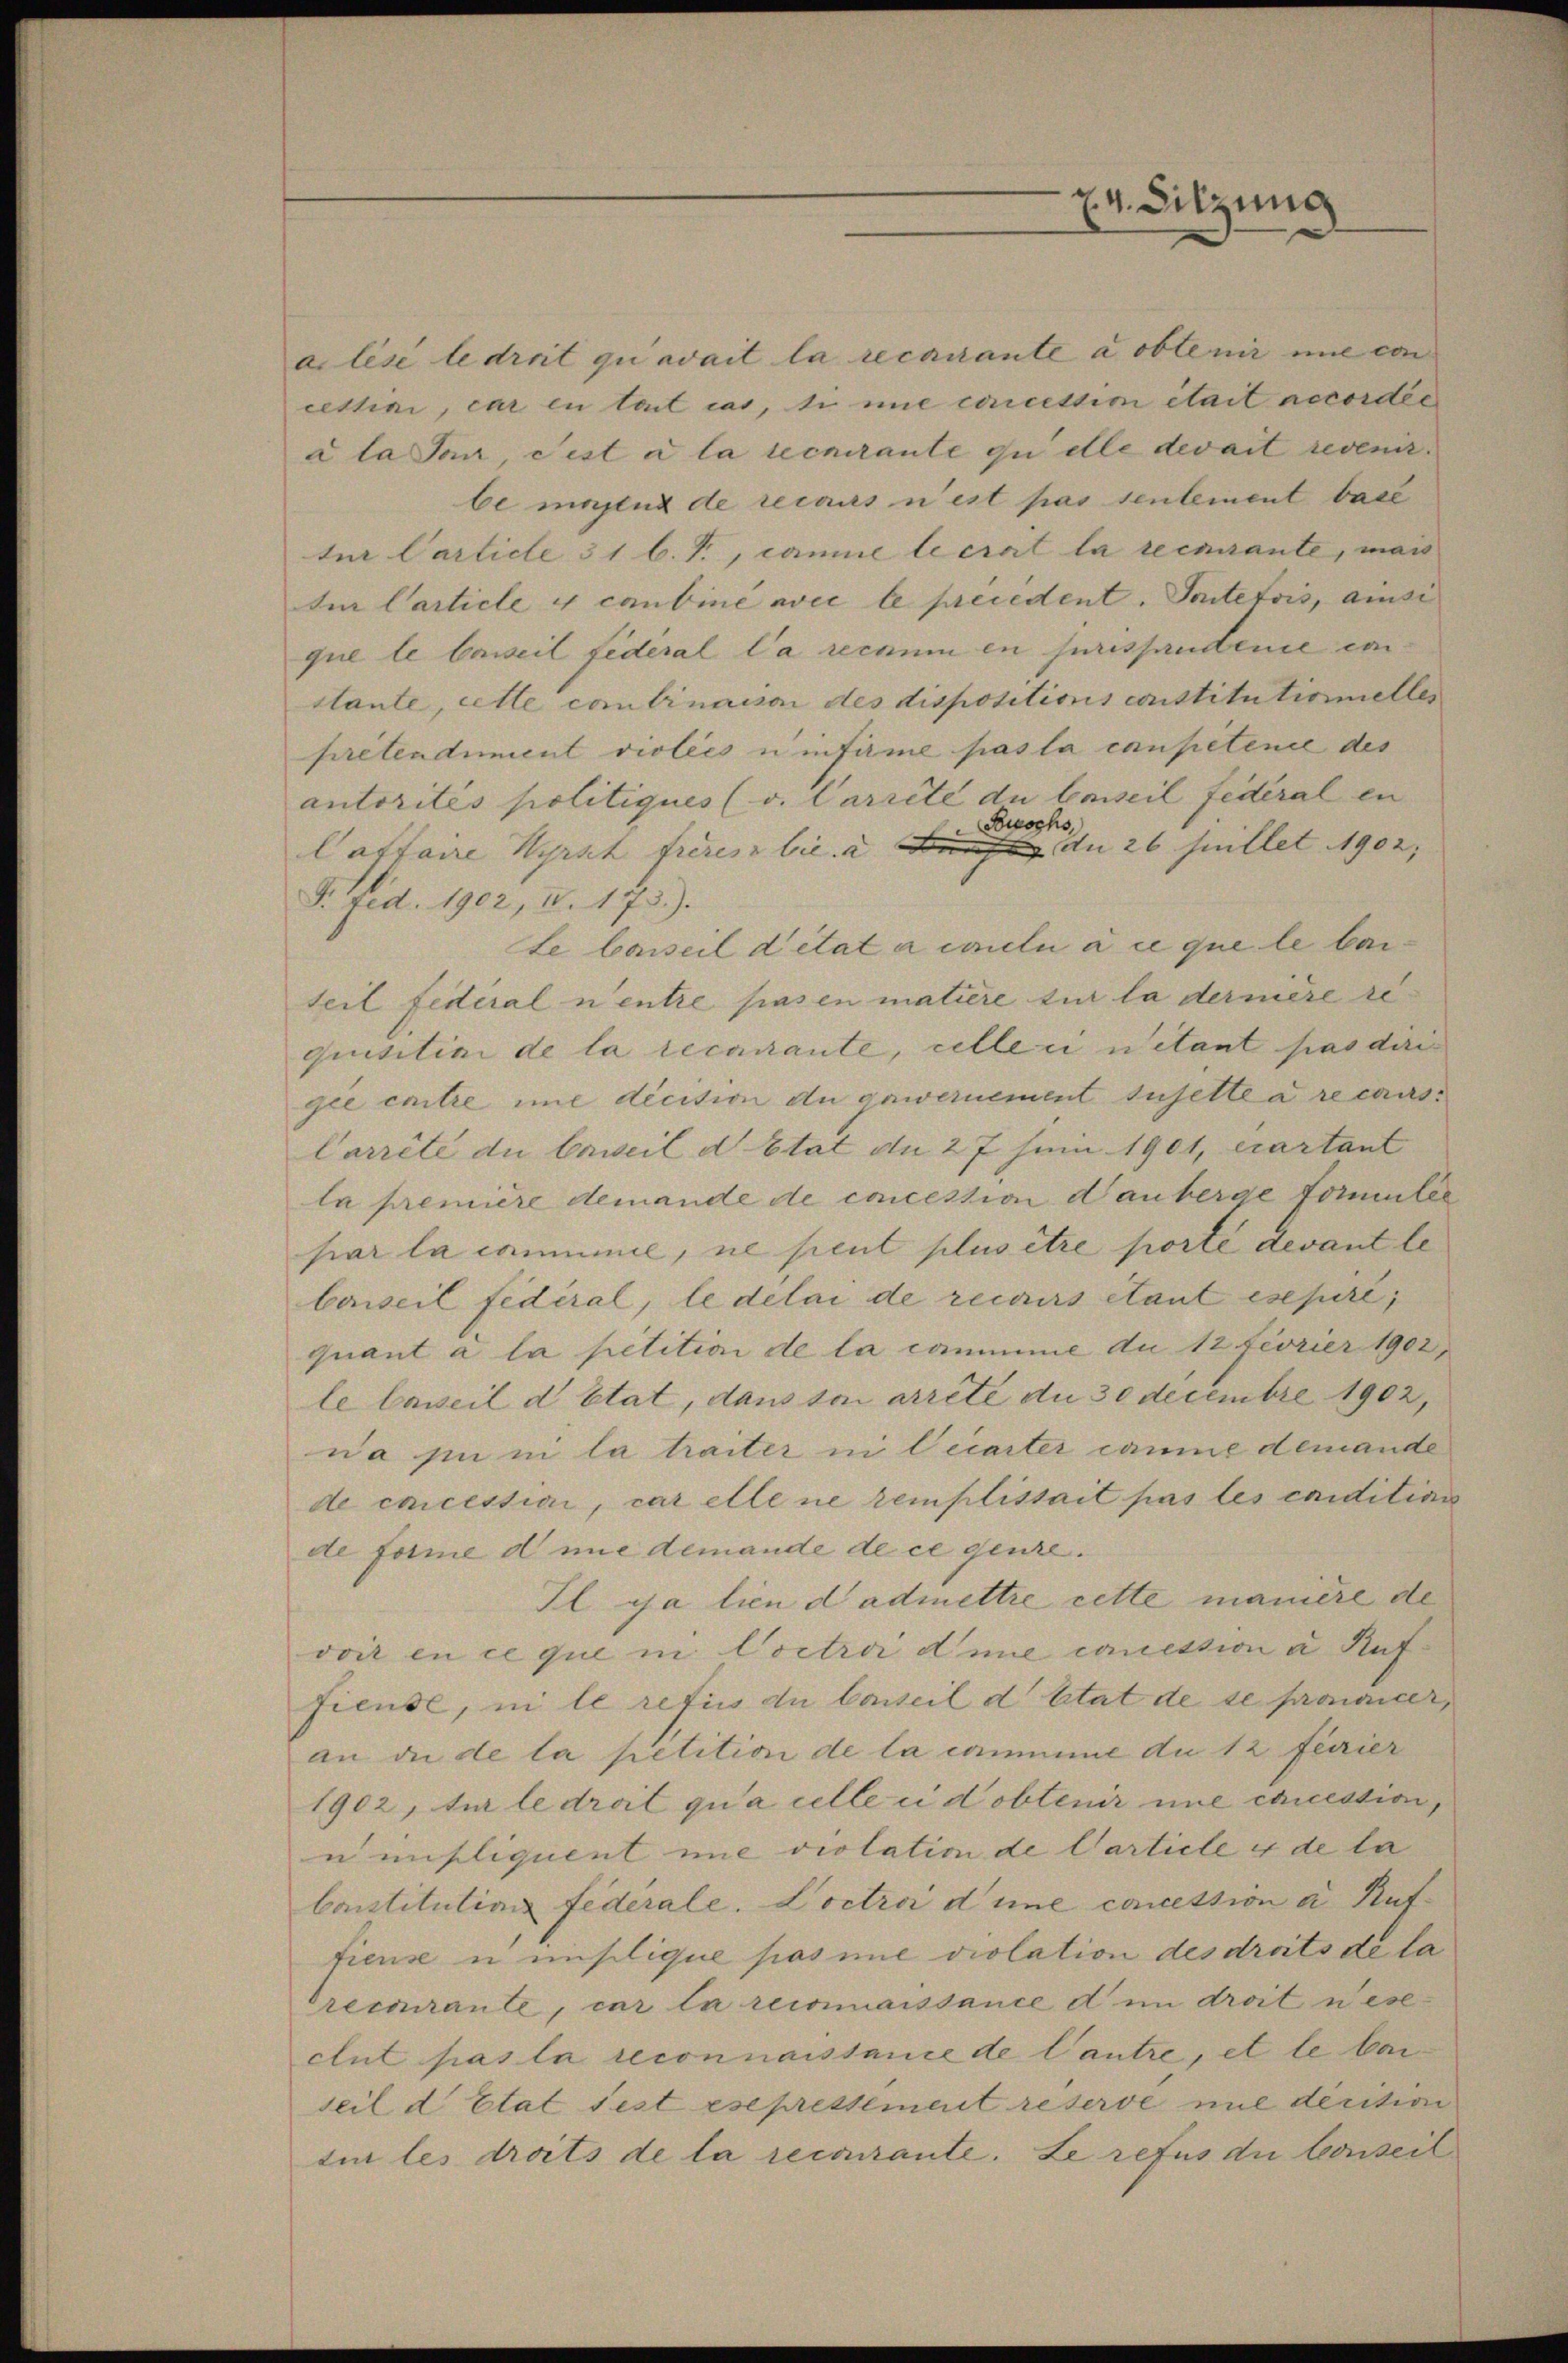
ailésé le droit qui avait la recourante a obtenir nie von
cettini, car en lait cas, sie nie curicestion était accordée
a la San, ist a la securante zu alle devait revenir.
be möglich de recours n’est pas seulement bare
tur Carticle 31 l. J., comme leerait la recurante, mais
te Carticle y cambine avec le precedent. Seitetois, ansi
que le beweil fédéral la recium in juristandene emstante, cette combinaison des dispositions constitutionelles
prétendiment violees einfirme pas la compétence des
autorités politiques (v. Carreté du beseil Federal en
Buochs,
Caffaire Hyrtl freien bie & an den 26 fillet 1902; |
F. Fid. 1902, u. 173.).
te Conseil ditat aineli au que le beiteil fédéral n’entre pasen matière für la dernière requisitini de la recurante, celle einetant pas der
gie entre ime decision du gawernement sujette a recurs¬
Carrité du Caweil d Etat an 27 Juin 1901, cartant
la première demande de concession danberge touter
par la comme, ne peut plus être porte devant le
baiseil fédéral, le délai de recours étant esepire,
quant à la petition de la commme du 12 Fiorier 1902,
le beweil d Etat, dans son arrete du 30 Decembre 1902,
na jn in la traiter in Cecarter caume demande
de encessia, car elle ne remplissait pas les condition
de forme d nie demande de ce genze.
Il yja lien dadmettre cette manière de
voir en ce que in Coctrii die comession a Auf¬
Fieuse, in le retiis du Conseil d’Etat de se proncer,
an die de la petition de la commene du 12 feurier
1902, für le droit qua celle ei dobtenir une cruestion,
u misliquent une violation de Carticle u de la
Constitutions fédérale. Doctrii d une concession a Auf
fieuse u mislique pas nie violation des droits de la
Orecourante, car la reisimaissance d in droit neseclut pas la reconnaissance de Cautre, et le bei
seil d’Etat fest eseprestement reserve nie derition
tin les droits de la recourante. Le refus die Conseil

24. Sitzung